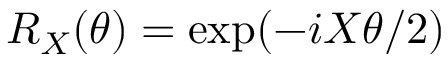
R _ { X } ( \theta ) = \exp ( - i X \theta / 2 )